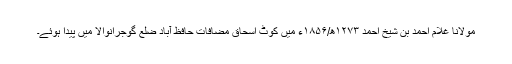
مولانا غلام احمد بن شیخ احمد ۱۲۷۳ھ/۱۸۵۶ء میں کوٹ اسحاق مضافات حافظ آباد ضِلع گوجرانوالا میں پیدا ہوئے۔